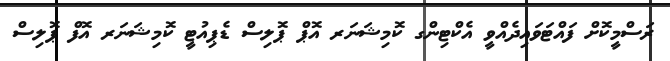
ރަސްމީކޮށް ފައްޓަވައިދެއްވީ އެކްޓިންގ ކޮމިޝަނަރ އޮޕް ޕޮލިސް ޑެޕިއުޓީ ކޮމިޝަނަރ އޮފް ޕޮލިސް